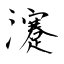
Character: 瀽